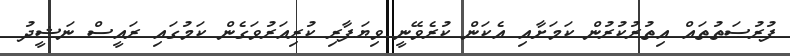
ފުރުޞަތުތައް އިތުރުކުރުން ކަމަށާއި އެކަން ކުރެވޭނީ ވިޔަފާރި ކުރިއަރުވަގެން ކަމުގައި ރައީސް ނަޝީދު